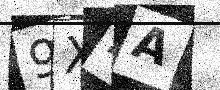
Text: 9XZA